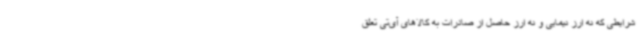
شرایطی که نه ارز نیمایی و نه ارز حاصل از صادرات به کالاهای آی‌تی تعلق